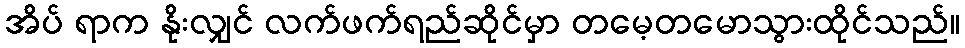
အိပ် ရာက နိုးလျှင် လက်ဖက်ရည်ဆိုင်မှာ တမေ့တမောသွားထိုင်သည်။